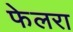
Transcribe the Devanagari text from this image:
फेलरा